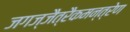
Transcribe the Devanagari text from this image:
जगज्जैत्रैकमन्त्रेण